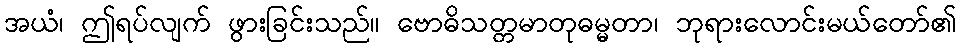
အယံ၊ ဤရပ်လျက် ဖွားခြင်းသည်။ ဗောဓိသတ္တမာတုဓမ္မတာ၊ ဘုရားလောင်းမယ်တော်၏